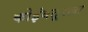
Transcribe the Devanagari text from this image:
कोइंबतूरला